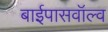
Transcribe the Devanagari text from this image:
बाईपासवॉल्व